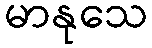
မာနုသေ